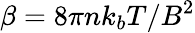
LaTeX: \beta=8\pi nk_{b}T/B^{2}